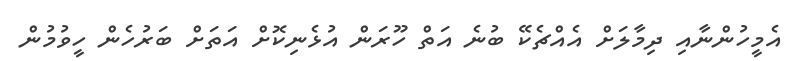
އެމީހުންނާއި ދިމާލަށް އެއްޗެކޭ ބުނެ އަތް ހޫރަން އުޅެނިކޮށް އަތަށް ބަރުހެން ހީވުމުން